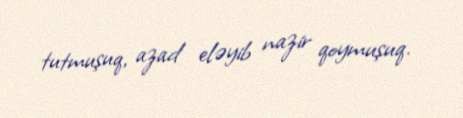
tutmuşuq, azad eləyib nazir qoymuşuq.